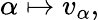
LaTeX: \alpha\mapsto v_{\alpha},